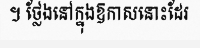
។ ថ្លែងនៅក្នុងឱកាសនោះដែរ